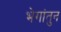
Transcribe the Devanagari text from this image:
भेगांतुन